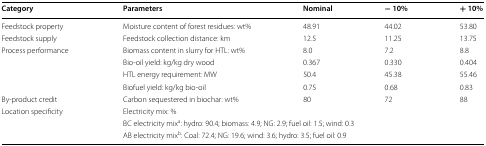
<table><thead><tr><td><b>Category</b></td><td><b>Parameters</b></td><td><b>Nominal</b></td><td><b>− 10%</b></td><td><b>+ 10%</b></td></tr></thead><tbody><tr><td>Feedstock property</td><td>Moisture content of forest residues: wt%</td><td>48.91</td><td>44.02</td><td>53.80</td></tr><tr><td>Feedstock supply</td><td>Feedstock collection distance: km</td><td>12.5</td><td>11.25</td><td>13.75</td></tr><tr><td>Process performance</td><td>Biomass content in slurry for HTL: wt%</td><td>8.0</td><td>7.2</td><td>8.8</td></tr><tr><td></td><td>Bio-oil yield: kg/kg dry wood</td><td>0.367</td><td>0.330</td><td>0.404</td></tr><tr><td></td><td>HTL energy requirement: MW</td><td>50.4</td><td>45.38</td><td>55.46</td></tr><tr><td></td><td>Biofuel yield: kg/kg bio-oil</td><td>0.75</td><td>0.68</td><td>0.83</td></tr><tr><td>By-product credit</td><td>Carbon sequestered in biochar: wt%</td><td>80</td><td>72</td><td>88</td></tr><tr><td>Location specificity</td><td colspan="4">Electricity mix: %</td></tr><tr><td></td><td colspan="4">BC electricity mix<sup>a</sup>: hydro: 90.4; biomass: 4.9; NG: 2.9; fuel oil: 1.5; wind: 0.3</td></tr><tr><td></td><td colspan="4">AB electricity mix<sup>b</sup>: Coal: 72.4; NG: 19.6; wind: 3.6; hydro: 3.5; fuel oil: 0.9</td></tr></tbody></table>